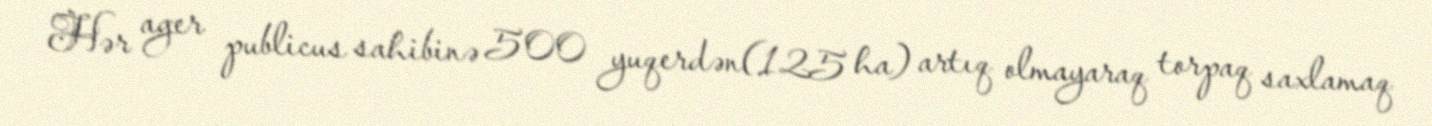
Hər ager publicus sahibinə 500 yuqerdən(125 ha) artıq olmayaraq torpaq saxlamaq